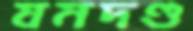
যমদণ্ড